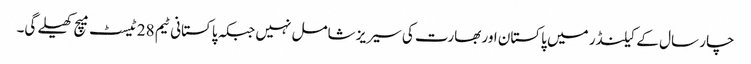
چار سال کے کیلنڈر میں پاکستان اور بھارت کی سیریز شامل نہیں جبکہ پاکستانی ٹیم 28 ٹیسٹ میچ کھیلے گی۔